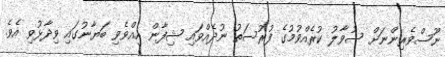
ނޫސްވެރިންނަށް ސުވާލު ކުރެއްވުމުގެ ފުރުސަތު ނުދެއްވައި ޝިފާން އިއްވެވި ބަޔާނުގައި ވިދާޅުވި އެވެ.